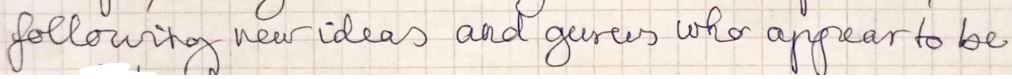
following new ideas and guess who appear to be